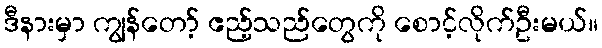
ဒီနားမှာ ကျွန်တော့် ဧည့်သည်တွေကို စောင့်လိုက်ဦးမယ်။